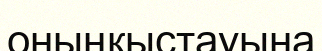
оныңқыстауына